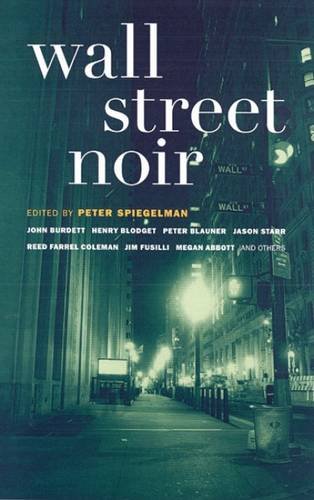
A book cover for Wall Street Noir (Akashic Noir); Mystery, Thriller & Suspense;